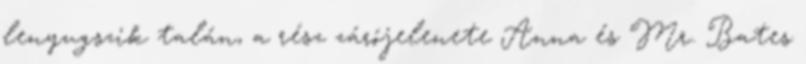
lenyugszik talán, a rész zárójelenete Anna és Mr. Bates